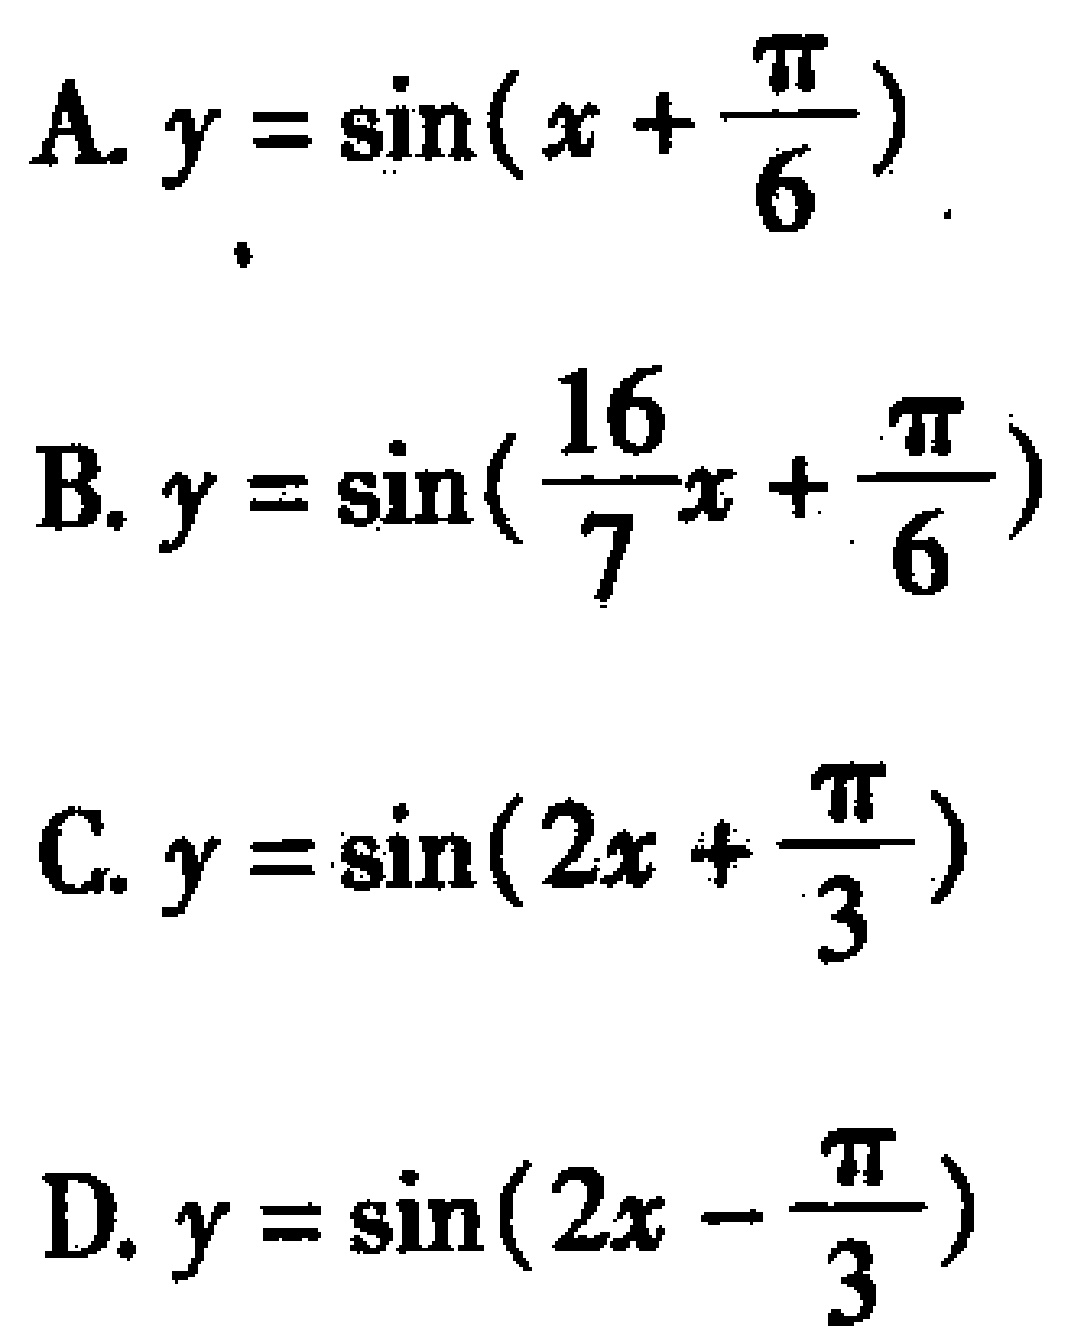
A. \(y = \sin(x+\frac{\pi}{6})\)
B. \(y = \sin(\frac{16}{7}x+\frac{\pi}{6})\)
C. \(y = \sin(2x+\frac{\pi}{3})\)
D. \(y = \sin(2x - \frac{\pi}{3})\)